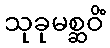
သုခုမစ္ဆဝိံ